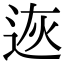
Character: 𨒭